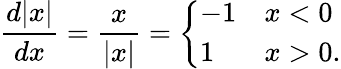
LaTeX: {\frac{d|x|}{dx}}={\frac{x}{|x|}}={\left\{ \begin{array}{ll}{-1}&{x<0}\\ {1}&{x>0.}\end{array}\right.}